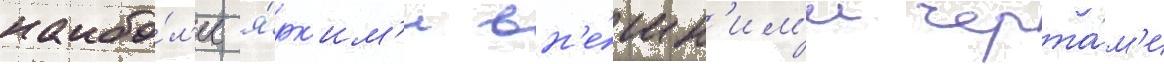
наибо́л'ее я́рк'им'и вн'е́шн'им'и черта́м'и